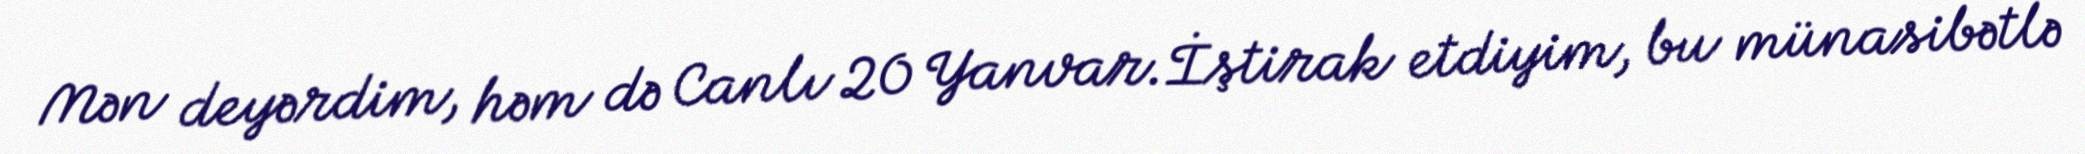
Mən deyərdim, həm də Canlı 20 Yanvar.İştirak etdiyim, bu münasibətlə